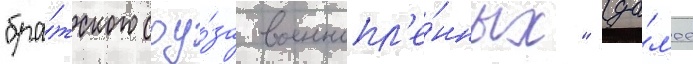
"бра́тского соу́за военнопл'е́нных" (да́л'ее